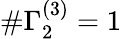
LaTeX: \# \Gamma_{2}^{(3)}=1